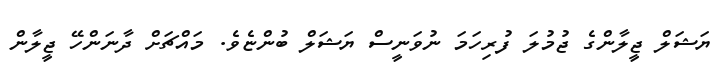
ޔަޝަލް ޖީލާންގެ ޖުމުލަ ފުރިހަމަ ނުވަނީސް ޔަޝަލް ބުންޏެވެ. މައްޗަށް ދާނަންހޭ ޖީލާން